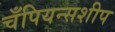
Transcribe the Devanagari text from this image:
चँपियन्सशीप